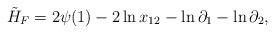
LaTeX: \begin{align*}\tilde H_F = 2 \psi (1) - 2 \ln x_{12} - \ln \partial_1 - \ln\partial_2,\end{align*}